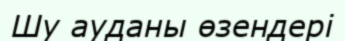
Шу ауданы өзендері